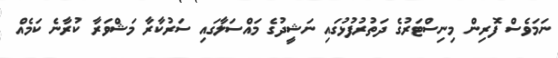
ނަމަވެސް ފޮރިން މިނިސްޓަރުގެ ދަތުރުފުޅުގައި ނަޝީދުގެ މައްސަލާގައި ސަރުކާރާ މަޝްވަރާ ކުރާނެ ކަމެއް